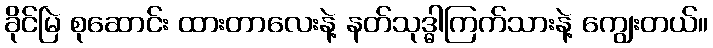
ခိုင်မြဲ စုဆောင်း ထားတာလေးနဲ့ နတ်သုဒ္ဓါကြက်သားနဲ့ ကျွေးတယ်။